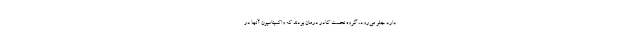
دارد جلو می‌رود، گروه نخست کادر درمان بودند که واکسیناسیون آنها در